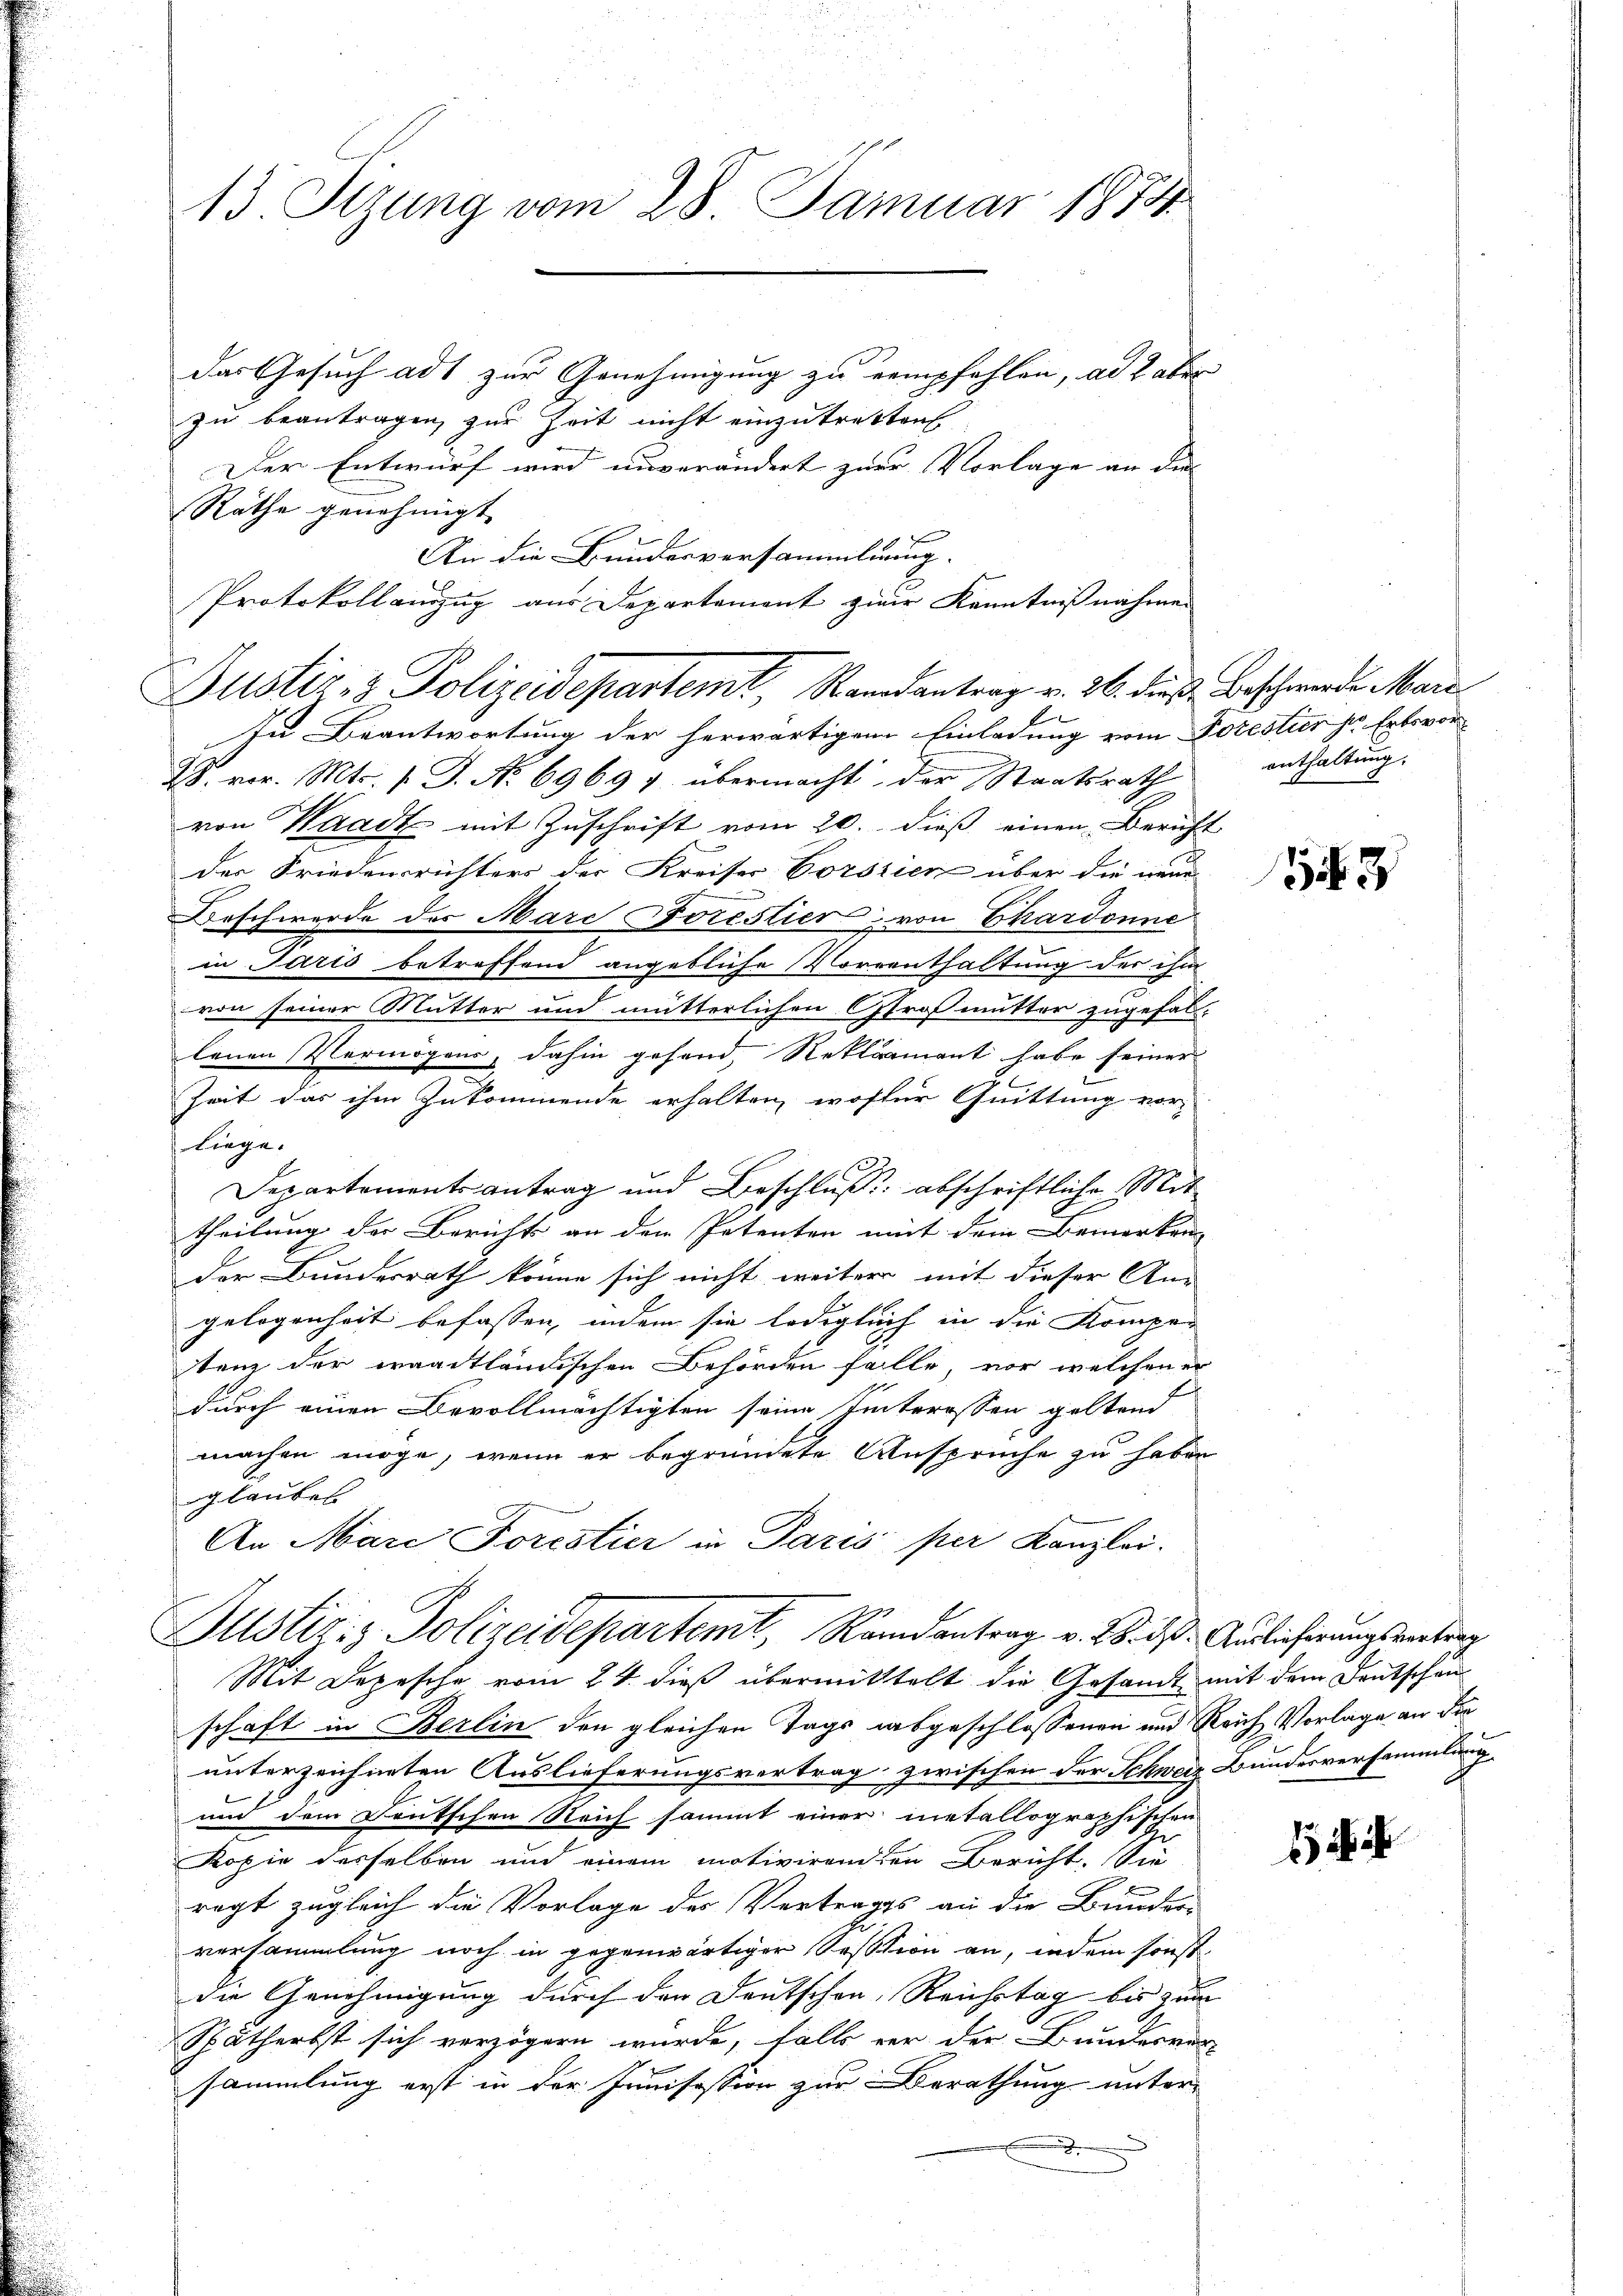
13. Sizung vom 28. Januar 1879

das Gesuch adt zur Genehmigung zu rempfehlen, als aber
zu beantragen, zur Zeit nicht einzutretten.
Der Entwurf wird unverändert zur Vorlage an die |
Räthe genehmigt.
An die Bundesversammlung.
Protokollanzug aus Departement zur Kenntnißnahme
In Beantwortung der herwärtigen Einladung vom Forestier sr. Entsvor
28. vor. Mts. 1. J. No 6969 v übermacht der Staatsrath
von Waadt mit Zuschrift vom 20. dieß einen Bericht
der Friedensrichters der Kreiser Corszien über die neue
Beschwerde der Mare Forestier von Chardonne
in Paris betreffend angebliche Vorrenthaltung der ihm
von seiner Mutter und mütterlichen Großmutter zugefal
lenen Vermögens, dahin gefand, Reklamant habe seiner
Zeit das ihm zukommende erhalten, wofür Quittung vor-
liege.
Departementsantrag und Beschluß abschriftliche Mit
theilung der Berichts an dem Petenten mit dem Bemerken
der Bundesrath könne sich nicht weiter mit dieser An-
gelogenheit befassen, indem sie lediglich in die Kompen
tenz der waadtländischen Behörden falle, vor welchener
durch einen Bevollmächtigten seine Interessen geltend
machen möge, wenn er begründete Ansprüche zu haben
glaubet
An Mare Forestier in Paris per Kanzlei.

Justiz- & Polizeidepartemt, Randantrag v. 26. dieß Beschwerde Mare¬

Justiziz Polizeidepartemt, Randantrag v. 28. des Auslieferungsanterg

Mit Depesche vom 24. dieß übermittelt die Gesandt mit dem Deutschanschaft in Berlin den gleichen Tags abgeschlossenen und Reich Vorlage an die
unterzeichneten Auslieferungsvertrag zwischen der Schweiz Bundesversammlung
und dem Deutschen Reich sammt einer metallographischen
Kopie desselben und einem motivirenden Bericht. Sie
regt zugleich die Vorlage des Vertrages an die Bunder-
versammlung noch in gegenwärtiger Session an, indem sonst
die Genehmigung durch den Deutschen, Reichstag bis zum
Spätherbst sich verzögern wurde, falls vor der Bundesver
sammlung erst in der Inuisession zur Berathung unter-

enthaltung.

3

i